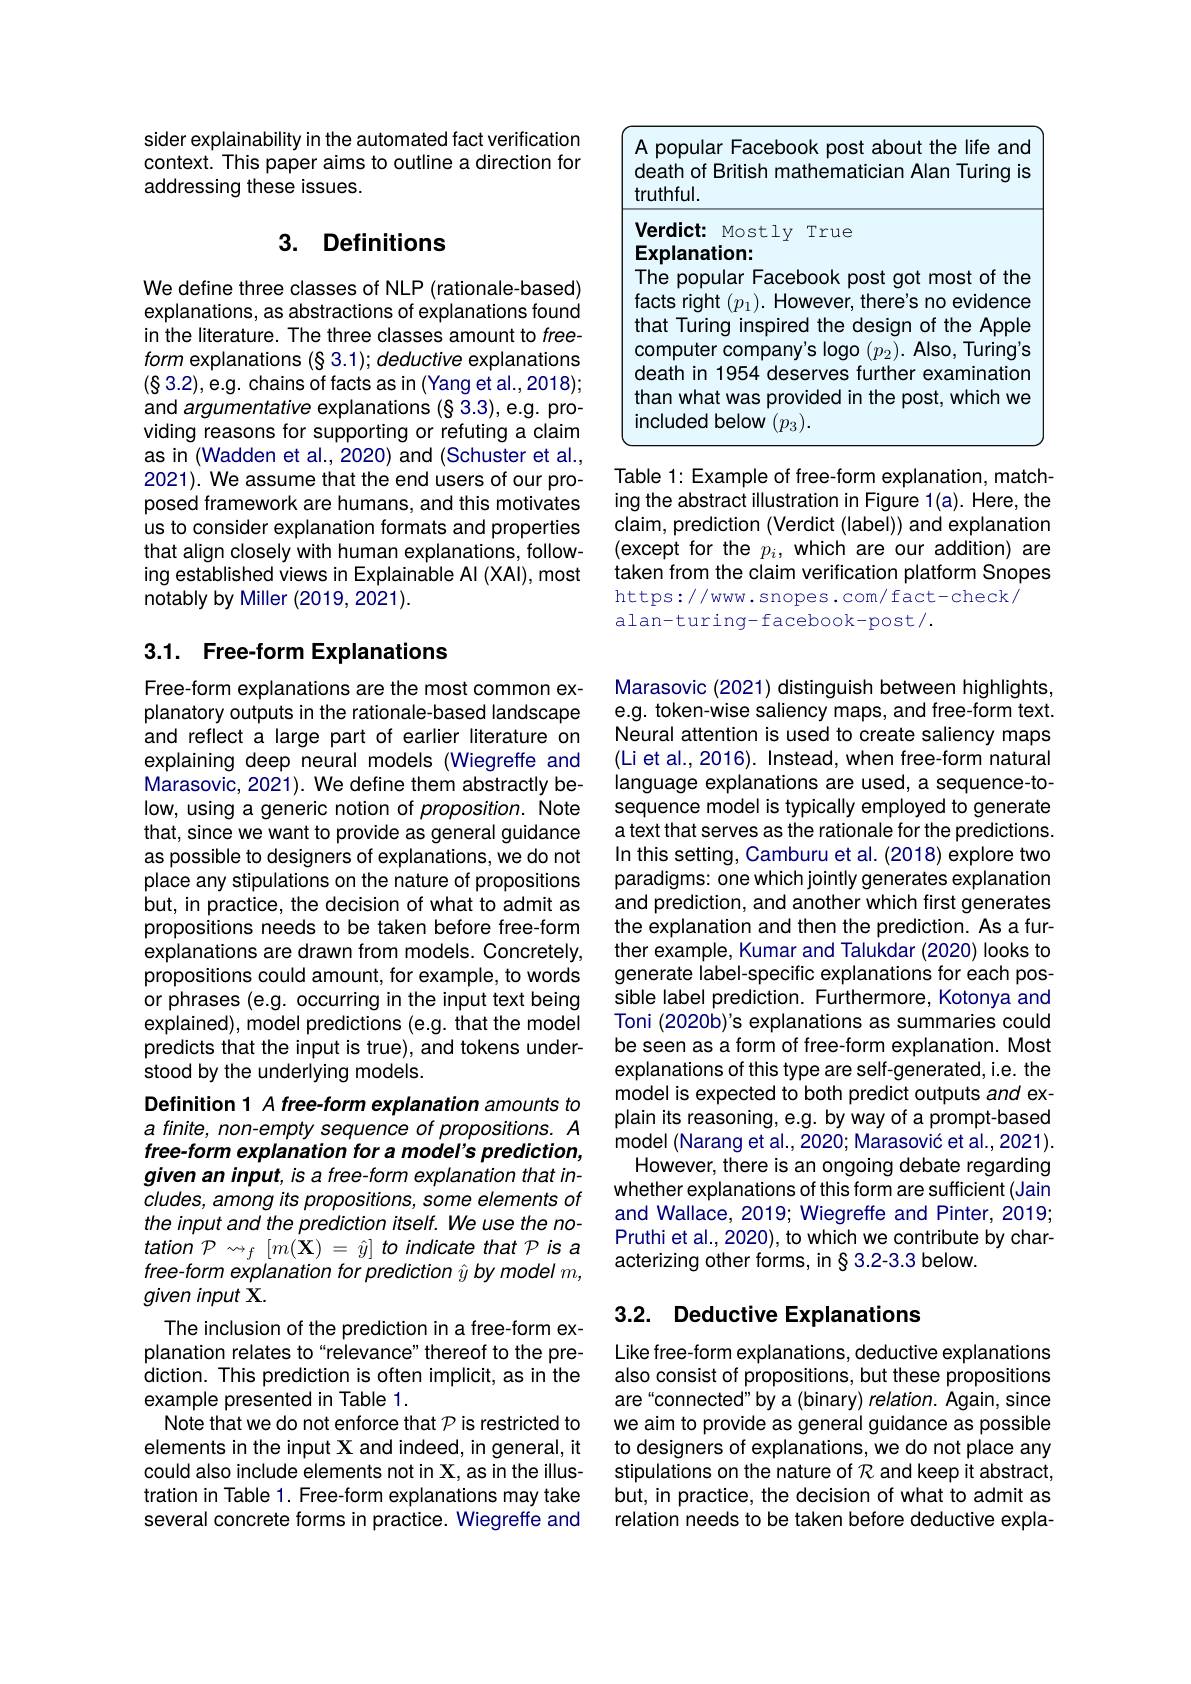
sider explainability in the automated fact verification context. This paper aims to outline a direction for addressing these issues.

## 3. Definitions

We define three classes of NLP (rationale-based) explanations, as abstractions of explanations found in the literature. The three classes amount to freeform explanations (§ 3.1); deductive explanations (83.2),e.g. chains of facts as in (Yang et al., 2018); and argumentative explanations (§ 3.3), e.g. providing reasons for supporting or refuting a claim as in (Wadden et al., 2020) and (Schuster et al., 2021). We assume that the end users of our proposed framework are humans, and this motivates us to consider explanation formats and properties that align closely with human explanations, following established views in Explainable AI (XAl), most notably by Miller (2019, 2021).

## 3.1. Free-form Explanations

Free-form explanations are the most common explanatory outputs in the rationale-based landscape and reflect a large part of earlier literature on explaining deep neural models (Wiegreffe and Marasovic, 2021). We define them abstractly below, using a generic notion of proposition. Note that, since we want to provide as general guidance as possible to designers of explanations, we do not place any stipulations on the nature of propositions but, in practice, the decision of what to admit as propositions needs to be taken before free-form explanations are drawn from models. Concretely, propositions could amount, for example, to words or phrases (e.g. occurring in the input text being explained), model predictions (e.g. that the model predicts that the input is true), and tokens understood by the underlying models.
Definition 1 A free-form explanation amounts to $a$ finite, non-empty sequence of propositions. A free-form explanation for a model's prediction, given an input, is a free- form explanation that includes, among its propositions, some elements of the input and the prediction itself. We use the no- $tation^{'}\mathcal{P}_{\leadsto f}\left[m(\mathbf{X})\:=\:\hat{y}\right]$to indicate that Pis a free-form explanation for prediction $\hat{y}$ by model $m$, given input X.
The inclusion of the prediction in a free-form explanation relates to“relevance”thereof to the prediction. This prediction is often implicit, as in the example presented in Table 1.
Note that we do not enforce that $\mathcal{P}$ is restricted to elements in the input X and indeed, in general, it could also include elements not in X, as in the illustration in Table 1. Free-form explanations may take several concrete forms in practice. Wiegreffe and

<table>
	<tbody>
		<tr>
			<th> </th>
			<th>popular Facebook post about the life anc ath of British mathematician Alan Turing is thful.</th>
		</tr>
	</tbody>
</table>

Table 1: Example of free-form explanation, matching the abstract illustration in Figure 1(a). Here, the claim, prediction (Verdict (label)) and explanation (except for the $p_i$, which are our addition) are taken from the claim verification platform Snopes https://www.snopes.com/fact-check/
alan-turing-facebook-post/.

Marasovic (2021) distinguish between highlights, e.g. token-wise saliency maps, and free-form text. Neural attention is used to create saliency maps (Li et al., 2016). Instead, when free-form natural language explanations are used, a sequence-tosequence model is typically employed to generate a text that serves as the rationale for the predictions. In this setting, Camburu et al. (2018) explore two paradigms: one which jointly generates explanation and prediction, and another which first generates the explanation and then the prediction. As a further example, Kumar and Talukdar (2020) looks to generate label-specific explanations for each possible label prediction. Furthermore, Kotonya and Toni (2020b)'s explanations as summaries could be seen as a form of free-form explanation. Most explanations of this type are self-generated, i.e. the model is expected to both predict outputs and explain its reasoning, e.g. by way of a prompt-based model (Narang et al., 2020; Marasović et al., 2021). However, there is an ongoing debate regarding whether explanations of this form are sufficient (Jain and Wallace, 2019; Wiegreffe and Pinter, 2019; Pruthi et al., 2020), to which we contribute by characterizing other forms, in§3.2-3.3 below.

## 3.2. Deductive Explanations

Like free-form explanations, deductive explanations also consist of propositions, but these propositions are“connected”by a(binary) relation. Again, since we aim to provide as general guidance as possible to designers of explanations, we do not place any stipulations on the nature of $\mathcal{R}$ and keep it abstract, but, in practice, the decision of what to admit as relation needs to be taken before deductive expla-